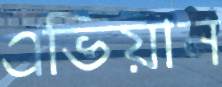
এভিয়ান